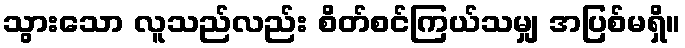
သွားသော လူသည်လည်း စိတ်စင်ကြယ်သမျှ အပြစ်မရှိ။